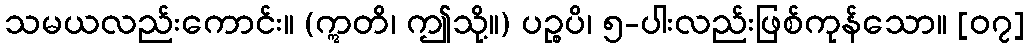
သမယလည်းကောင်း။ (ဣတိ၊ ဤသို့။) ပဉ္စပိ၊ ၅-ပါးလည်းဖြစ်ကုန်သော။ [၀၇]